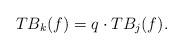
LaTeX: \begin{align*}TB_{k}(f)=q\cdot TB_{j}(f).\end{align*}